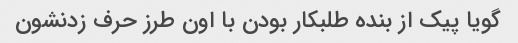
گویا پیک از بنده طلبکار بودن با اون طرز حرف زدنشون